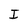
Character: I